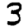
Digit: 3